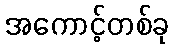
အကောင့်တစ်ခု